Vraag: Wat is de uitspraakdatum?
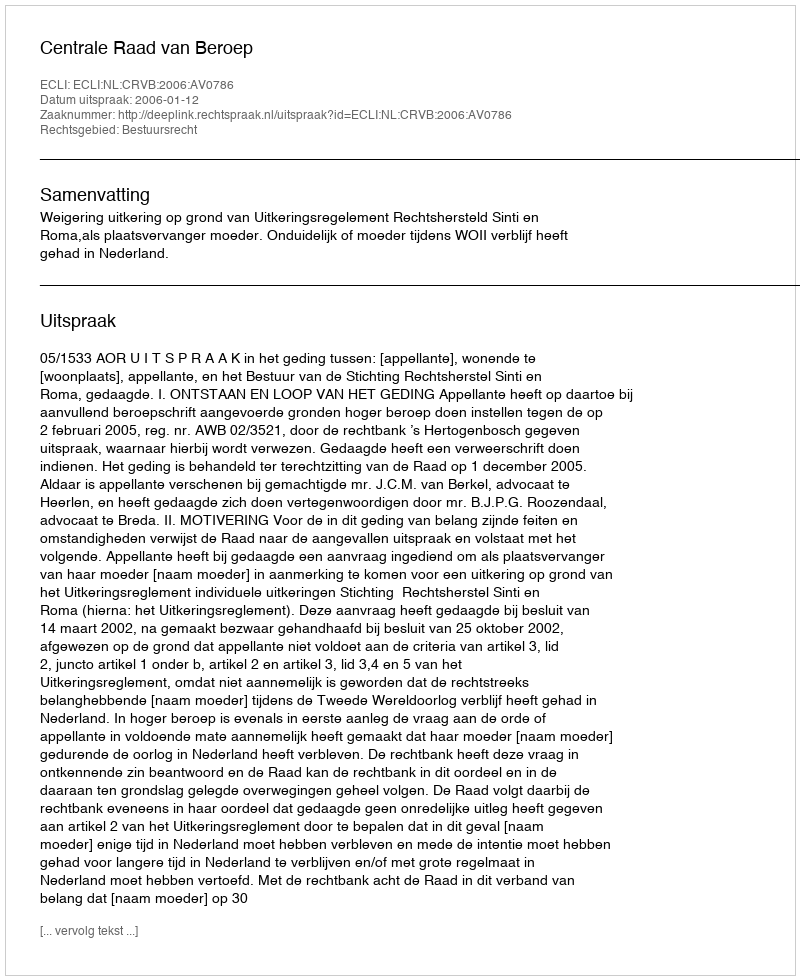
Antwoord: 2006-01-12